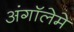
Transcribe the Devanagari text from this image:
अंगॉलेमे